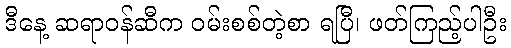
ဒီနေ့ ဆရာဝန်ဆီက ဝမ်းစစ်တဲ့စာ ရပြီ၊ ဖတ်ကြည့်ပါဦး